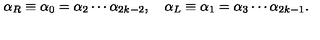
\alpha _ { R } \equiv \alpha _ { 0 } = \alpha _ { 2 } \cdots \alpha _ { 2 k - 2 } , \quad \alpha _ { L } \equiv \alpha _ { 1 } = \alpha _ { 3 } \cdots \alpha _ { 2 k - 1 } .